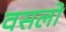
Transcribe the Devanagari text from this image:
वसलो